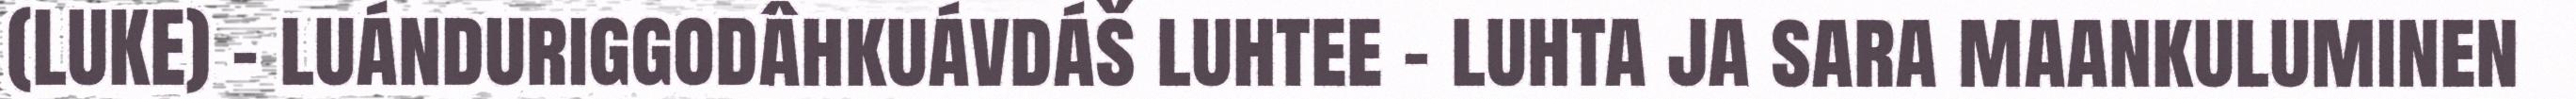
(LUKE) – luánduriggodâhkuávdáš luhtee – luhta ja sara maankuluminen